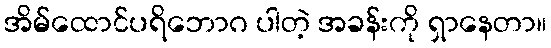
အိမ်ထောင်ပရိဘောဂ ပါတဲ့ အခန်းကို ရှာနေတာ။